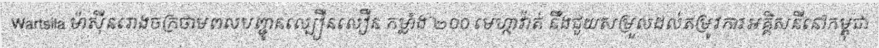
Wartsila ម៉ាស៊ីនរោងចក្រថាមពលបញ្ជូនល្បឿនលឿន កម្លាំង ២០០ មេហ្កាវ៉ាត់ នឹងជួយសម្រួលដល់តម្រូវការអគ្គិសនីនៅកម្ពុជា